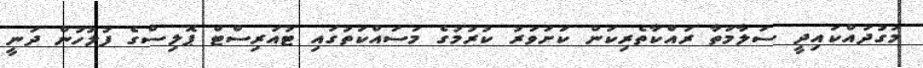
މަގުދައްކައިދީ ސަލާމަތާ ރައްކާތެރިކަން ކަށަވަރު ކުރުމުގެ މަސައްކަތުގައި ޓުއަރިސްޓް ޕޮލިސްގެ ފުލުހުން ދަނީ